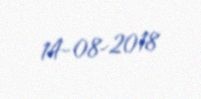
14-08-2018